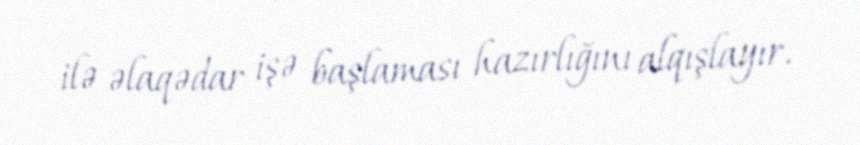
ilə əlaqədar işə başlaması hazırlığını alqışlayır.